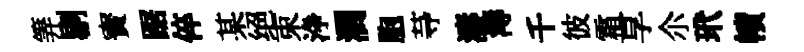
筭剔寳踞倅某绝束浄澗胞䒭濤溽千彼霜享尒玳幘